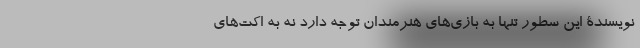
نویسندۀ این سطور تنها به بازی‌های هنرمندان توجه دارد نه به اکت‌های